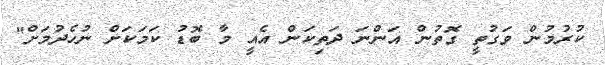
ކުރުމުން ވަގުތީ ގޮތުން އަންނަ ދަތިކަން އެެއީ މާ ބޮޑު ކަމަކަށް ނުހެދުމަށް"